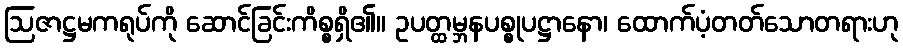
ဩဇာဋ္ဌမကရုပ်ကို ဆောင်ခြင်းကိစ္စရှိ၏။ ဥပတ္ထမ္ဘနပစ္စုပဋ္ဌာနော၊ ထောက်ပံ့တတ်သောတရားဟု